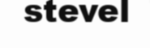
stevel